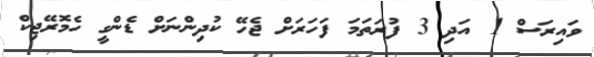
ވައިރަސް 1 އަދި 3 ފުރަތަމަ ފަހަރަށް ޖެހޭ ކުދިންނަށް ޑެންގީ ހެމޮރޭޖިކް